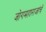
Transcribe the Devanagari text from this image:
जोगमहाराजांचे